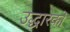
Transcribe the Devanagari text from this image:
उद्धारकों